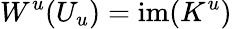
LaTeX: W^{u}(U_{u})=\mathrm{im}(K^{u})